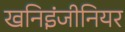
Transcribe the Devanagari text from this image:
खनिइंजीनियर